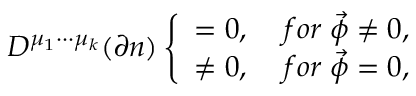
D ^ { \mu _ { 1 } \cdot \cdot \cdot \mu _ { k } } ( \partial n ) \left\{ \begin{array} { c c } { { = 0 , } } & { { \; f o r \; \vec { \phi } \neq 0 , } } \\ { { \neq 0 , } } & { { \; f o r \; \vec { \phi } = 0 , } } \end{array} \right.